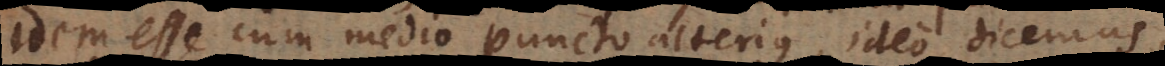
idem esse cum medio puncto alterius, ideo dicemus